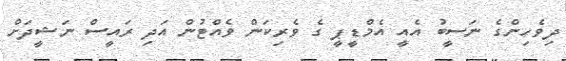
ދިވެހިންގެ ނަސީބު އެއީ އެމްޑީޕީ ގެ ވެރިކަން ވެއްޓުން އަދި ރައީސް ނަޝީދަށް